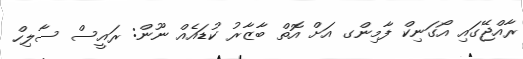
ރާއްޖޭގައި އޯގަނިކް ފާމިންގ އަށް އޮތް ބާޒާރު ކުޑައެއް ނޫން: ރައީސް ސާލިހް